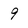
Character: 9